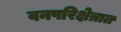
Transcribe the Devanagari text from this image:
वनपरिक्षेत्रात